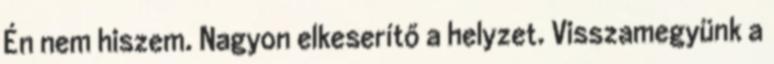
Én nem hiszem. Nagyon elkeserítő a helyzet. Visszamegyünk a